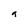
Character: 9